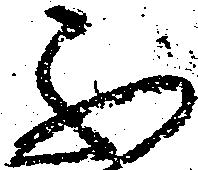
不